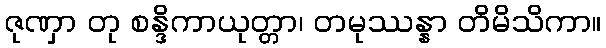
ဇုဏှာ တု စန္ဒိကာယုတ္တာ၊ တမုဿန္နာ တိမိသိကာ။